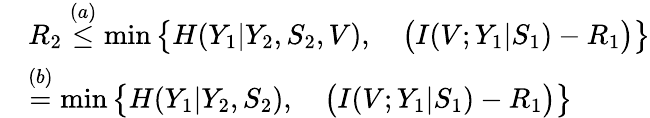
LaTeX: \begin{array}{rl}&{R_{2}\overset{(a)}{\leq}\operatorname*{min}\big\{ H(Y_{1}|Y_{2},S_{2},V),\quad\big(I(V;Y_{1}|S_{1})-R_{1}\big)\big\} }\\ &{\overset{(b)}{=}\operatorname*{min}\big\{ H(Y_{1}|Y_{2},S_{2}),\quad\big(I(V;Y_{1}|S_{1})-R_{1}\big)\big\} }\end{array}